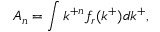
A _ { n } = \int k ^ { + n } f _ { r } ( k ^ { + } ) d k ^ { + } ,